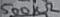
Text: 500kΩ